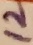
Text: 12